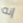
إنه